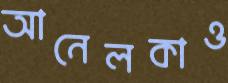
আনেলকাও